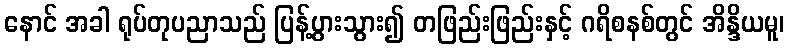
နောင် အခါ ရုပ်တုပညာသည် ပြန့်ပွားသွား၍ တဖြည်းဖြည်းနှင့် ဂရိစနစ်တွင် အိန္ဒိယမူ၊